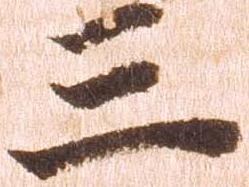
三